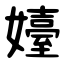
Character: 嬯